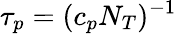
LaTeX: \tau_{p}=(c_{p}N_{T})^{-1}